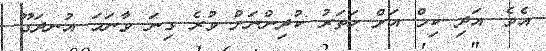
އެވެ. އަދި ކިމް އަށް ހަތަރު ކުދިންނަށް ވުރެ ގިނަ ވާނަމަ އުނދަގޫ